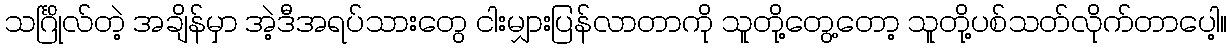
သင်္ဂြိုလ်တဲ့ အချိန်မှာ အဲ့ဒီအရပ်သားတွေ ငါးမျှားပြန်လာတာကို သူတို့တွေ့တော့ သူတို့ပစ်သတ်လိုက်တာပေါ့။